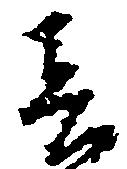
春